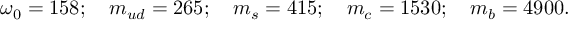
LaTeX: \omega _ { 0 } = 1 5 8 ; \quad m _ { u d } = 2 6 5 ; \quad m _ { s } = 4 1 5 ; \quad m _ { c } = 1 5 3 0 ; \quad m _ { b } = 4 9 0 0 .